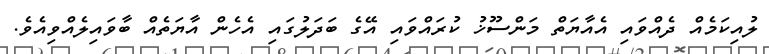
ލުއިކަމެއް ދެއްވައި އެއާޔަތް މަންސޫޚު ކުރައްވައި އޭގެ ބަދަލުގައި އެހެން އާޔަތެއް ބާވައިލެއްވިއެވެ.